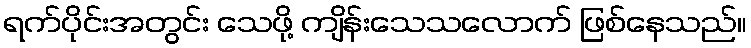
ရက်ပိုင်းအတွင်း သေဖို့ ကျိန်းသေသလောက် ဖြစ်နေသည်။